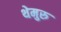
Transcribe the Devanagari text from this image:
थेमुरु